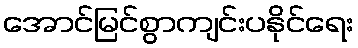
အောင်မြင်စွာကျင်းပနိုင်ရေး